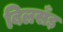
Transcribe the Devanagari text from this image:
बिलसँड़